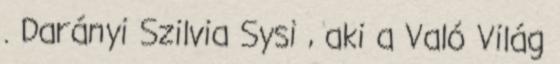
. Darányi Szilvia Sysi , aki a Való Világ